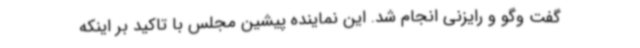
گفت وگو و رایزنی انجام شد. این نماینده پیشین مجلس با تاکید بر اینکه